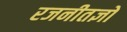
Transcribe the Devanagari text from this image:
रजनीतज्ञों